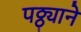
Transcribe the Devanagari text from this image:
पठ्ठ्याने